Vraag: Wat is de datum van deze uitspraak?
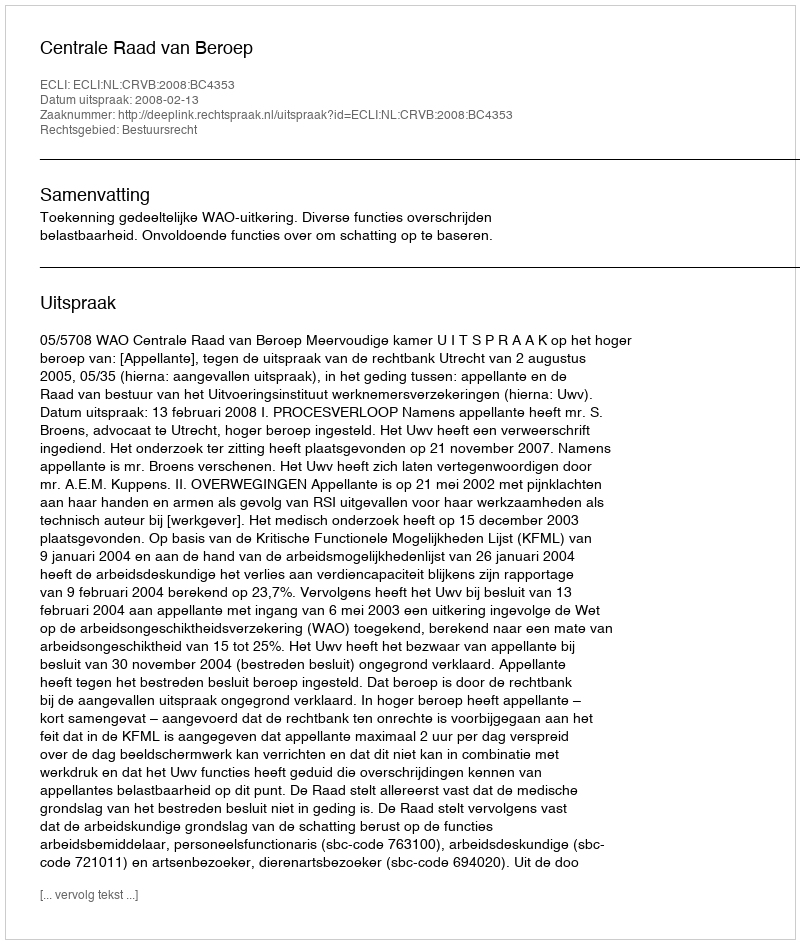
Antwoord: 2008-02-13